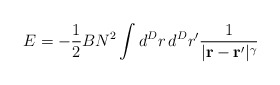
\begin{align*}E=-{1\over2}BN^2\int d^Dr\,d^Dr'{1\over|{\bf r-r'}|^\gamma}\end{align*}